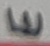
Text: E